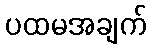
ပထမအချက်